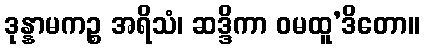
ဒုန္နာမကဉ္စ အရိသံ၊ ဆဒ္ဒိကာ ဝမထူ’ဒိတော။